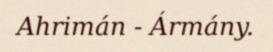
Ahrimán - Ármány.